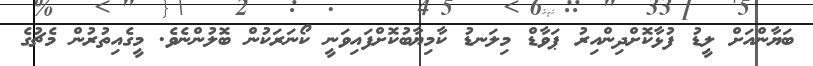
ބަޔާންއަށް ލީޑު ފުޅާކޮށްދިންއިރު ޕަވާޑް މިލަނޑު ކާމިޔާބުކޮށްފައިވަނީ ކޯނަރަކުން ބޮލުންނެވެ. މީގެއިތުރުން މެޗުގެ